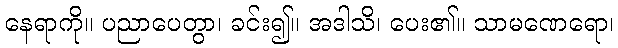
နေရာကို။ ပညာပေတွာ၊ ခင်း၍။ အဒါသိ၊ ပေး၏။ သာမဏေရော၊